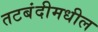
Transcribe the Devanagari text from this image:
तटबंदीमधील